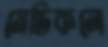
মেডিকলে